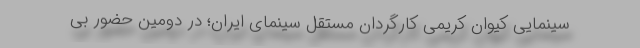
سینمایی کیوان کریمی کارگردان مستقل سینمای ایران؛ در دومین حضور بی